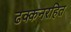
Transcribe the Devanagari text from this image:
ढक्कनरहित